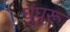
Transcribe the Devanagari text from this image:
घुंघुरू